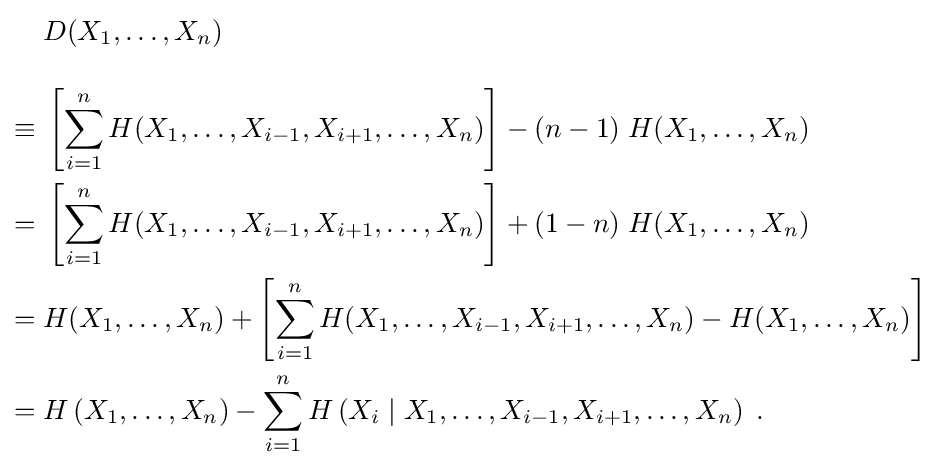
{\begin{aligned}&D(X_{1},\ldots ,X_{n})\\[10pt]\equiv {}&\left[\sum _{i=1}^{n}H(X_{1},\ldots ,X_{i-1},X_{i+1},\ldots ,X_{n})\right]-(n-1)\;H(X_{1},\ldots ,X_{n})\\={}&\left[\sum _{i=1}^{n}H(X_{1},\ldots ,X_{i-1},X_{i+1},\ldots ,X_{n})\right]+(1-n)\;H(X_{1},\ldots ,X_{n})\\={}&H(X_{1},\ldots ,X_{n})+\left[\sum _{i=1}^{n}H(X_{1},\ldots ,X_{i-1},X_{i+1},\ldots ,X_{n})-H(X_{1},\ldots ,X_{n})\right]\\={}&H\left(X_{1},\ldots ,X_{n}\right)-\sum _{i=1}^{n}H\left(X_{i}\mid X_{1},\ldots ,X_{i-1},X_{i+1},\ldots ,X_{n}\right)\;.\end{aligned}}